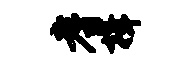
耆揖